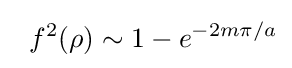
\;\;f^{2}(\rho )\sim 1-e^{-2m\pi /a}